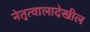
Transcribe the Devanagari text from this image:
नेतृत्वालादेखील